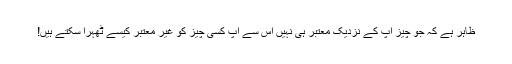
ظاہر ہے کہ جو چیز آپ کے نزدیک معتبر ہی نہیں اس سے آپ کسی چیز کو غیر معتبر کیسے ٹھہرا سکتے ہیں!